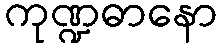
ကုဏ္ဍဓာနော